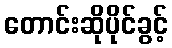
တောင်းဆိုပိုင်ခွင့်